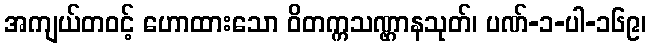
အကျယ်တဝင့် ဟောထားသော ဝိတက္ကသဏ္ဌာနသုတ်၊ ပဏ်-၁-ပါ-၁၆၉၊